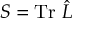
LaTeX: S = \mathrm { T r ~ } \hat { { \cal L } }